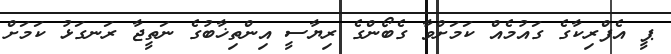
ޕީ އެފްރިކާގެ ގައުމެއް ކަމަށްވާ ގެބޯންގެ ރިޔާސީ އިންތިޚާބުގެ ނަތީޖާ ރަނގަޅު ކަމަށް